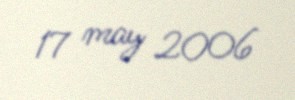
17 may 2006